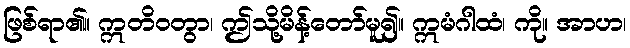
ဖြစ်ရာ၏။ ဣတိဝတွာ၊ ဤသို့မိန့်တော်မူ၍။ ဣမံဂါထံ၊ ကို။ အာဟ၊